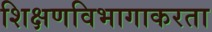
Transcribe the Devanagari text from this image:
शिक्षणविभागाकरता